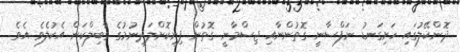
ދޮންކޭލުގައި ހަށިގަނޑު ނަފްސާނީ ގޮތުންނާއި ޖިސްމާނީ ގޮތުން ފިނިކޮށްލަދިނުމުގެ ގާބިލްކަން އެކުލެވެ އެވެ.